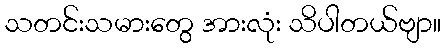
သတင်းသမားတွေ အားလုံး သိပါတယ်ဗျာ။